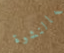
بالنشوة